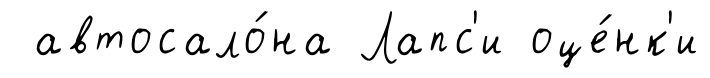
автосало́на Лапс'и оце́нк'и